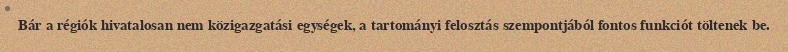
Bár a régiók hivatalosan nem közigazgatási egységek, a tartományi felosztás szempontjából fontos funkciót töltenek be.